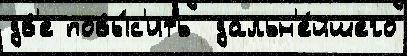
дв'е повы́с'ить  дальн'е́йшего